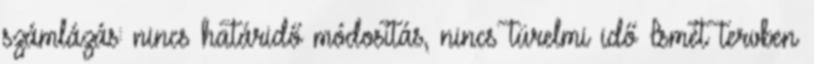
számlázás: nincs határidő módosítás, nincs türelmi idő Ismét tervben